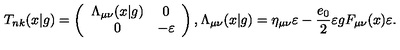
T _ { n k } ( x | g ) = \left( \begin{array} { c c } { \Lambda _ { \mu \nu } ( x | g ) } & { 0 } \\ { 0 } & { - \varepsilon } \\ \end{array} \right) , \Lambda _ { \mu \nu } ( x | g ) = \eta _ { \mu \nu } \varepsilon - \frac { e _ { 0 } } { 2 } \varepsilon g F _ { \mu \nu } ( x ) \varepsilon .